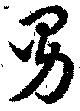
男